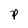
Character: p